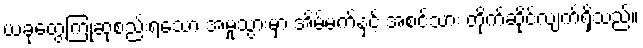
ယခုတွေ့ကြုံဆုံစည်းရသော အမှုသွားမှာ အိမ်မက်နှင့် အစင်သား တိုက်ဆိုင်လျက်ရှိသည်။